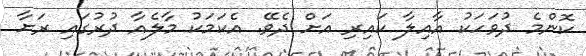
ކޮންމެ ދުވަހަކު އާއިލާ ކައިރި އަށް ދެވޭ. އެކަމަކު މާލެއާ ދުރުގައި ރަށާ